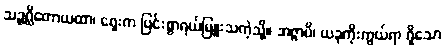
သဉ္ဇဂ္ဃိတောယထာ၊ ရှေးက ပြင်းစွာရယ်မြူးသကဲ့သို့။ အဇ္ဇာပိ၊ ယခုကိုးကွယ်ရာ ရှိသော